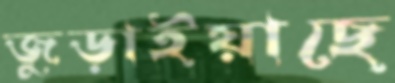
জুড়াইয়াছে